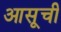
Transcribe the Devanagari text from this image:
आसूची